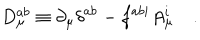
D _ { \mu } ^ { a b } \equiv \partial _ { \mu } \delta ^ { a b } - f ^ { a b i } A _ { \mu } ^ { i } \, \, \, \, \, \, .